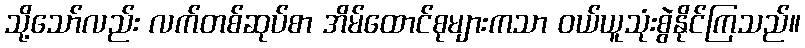
သို့သော်လည်း လက်တစ်ဆုပ်စာ အိမ်ထောင်စုများကသာ ဝယ်ယူသုံးစွဲနိုင်ကြသည်။